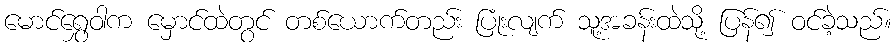
မောင်ရွှေဝါက မှောင်ထဲတွင် တစ်ယောက်တည်း ပြုံးလျက် သူ့အခန်းထဲသို့ ပြန်၍ ဝင်ခဲ့သည်။